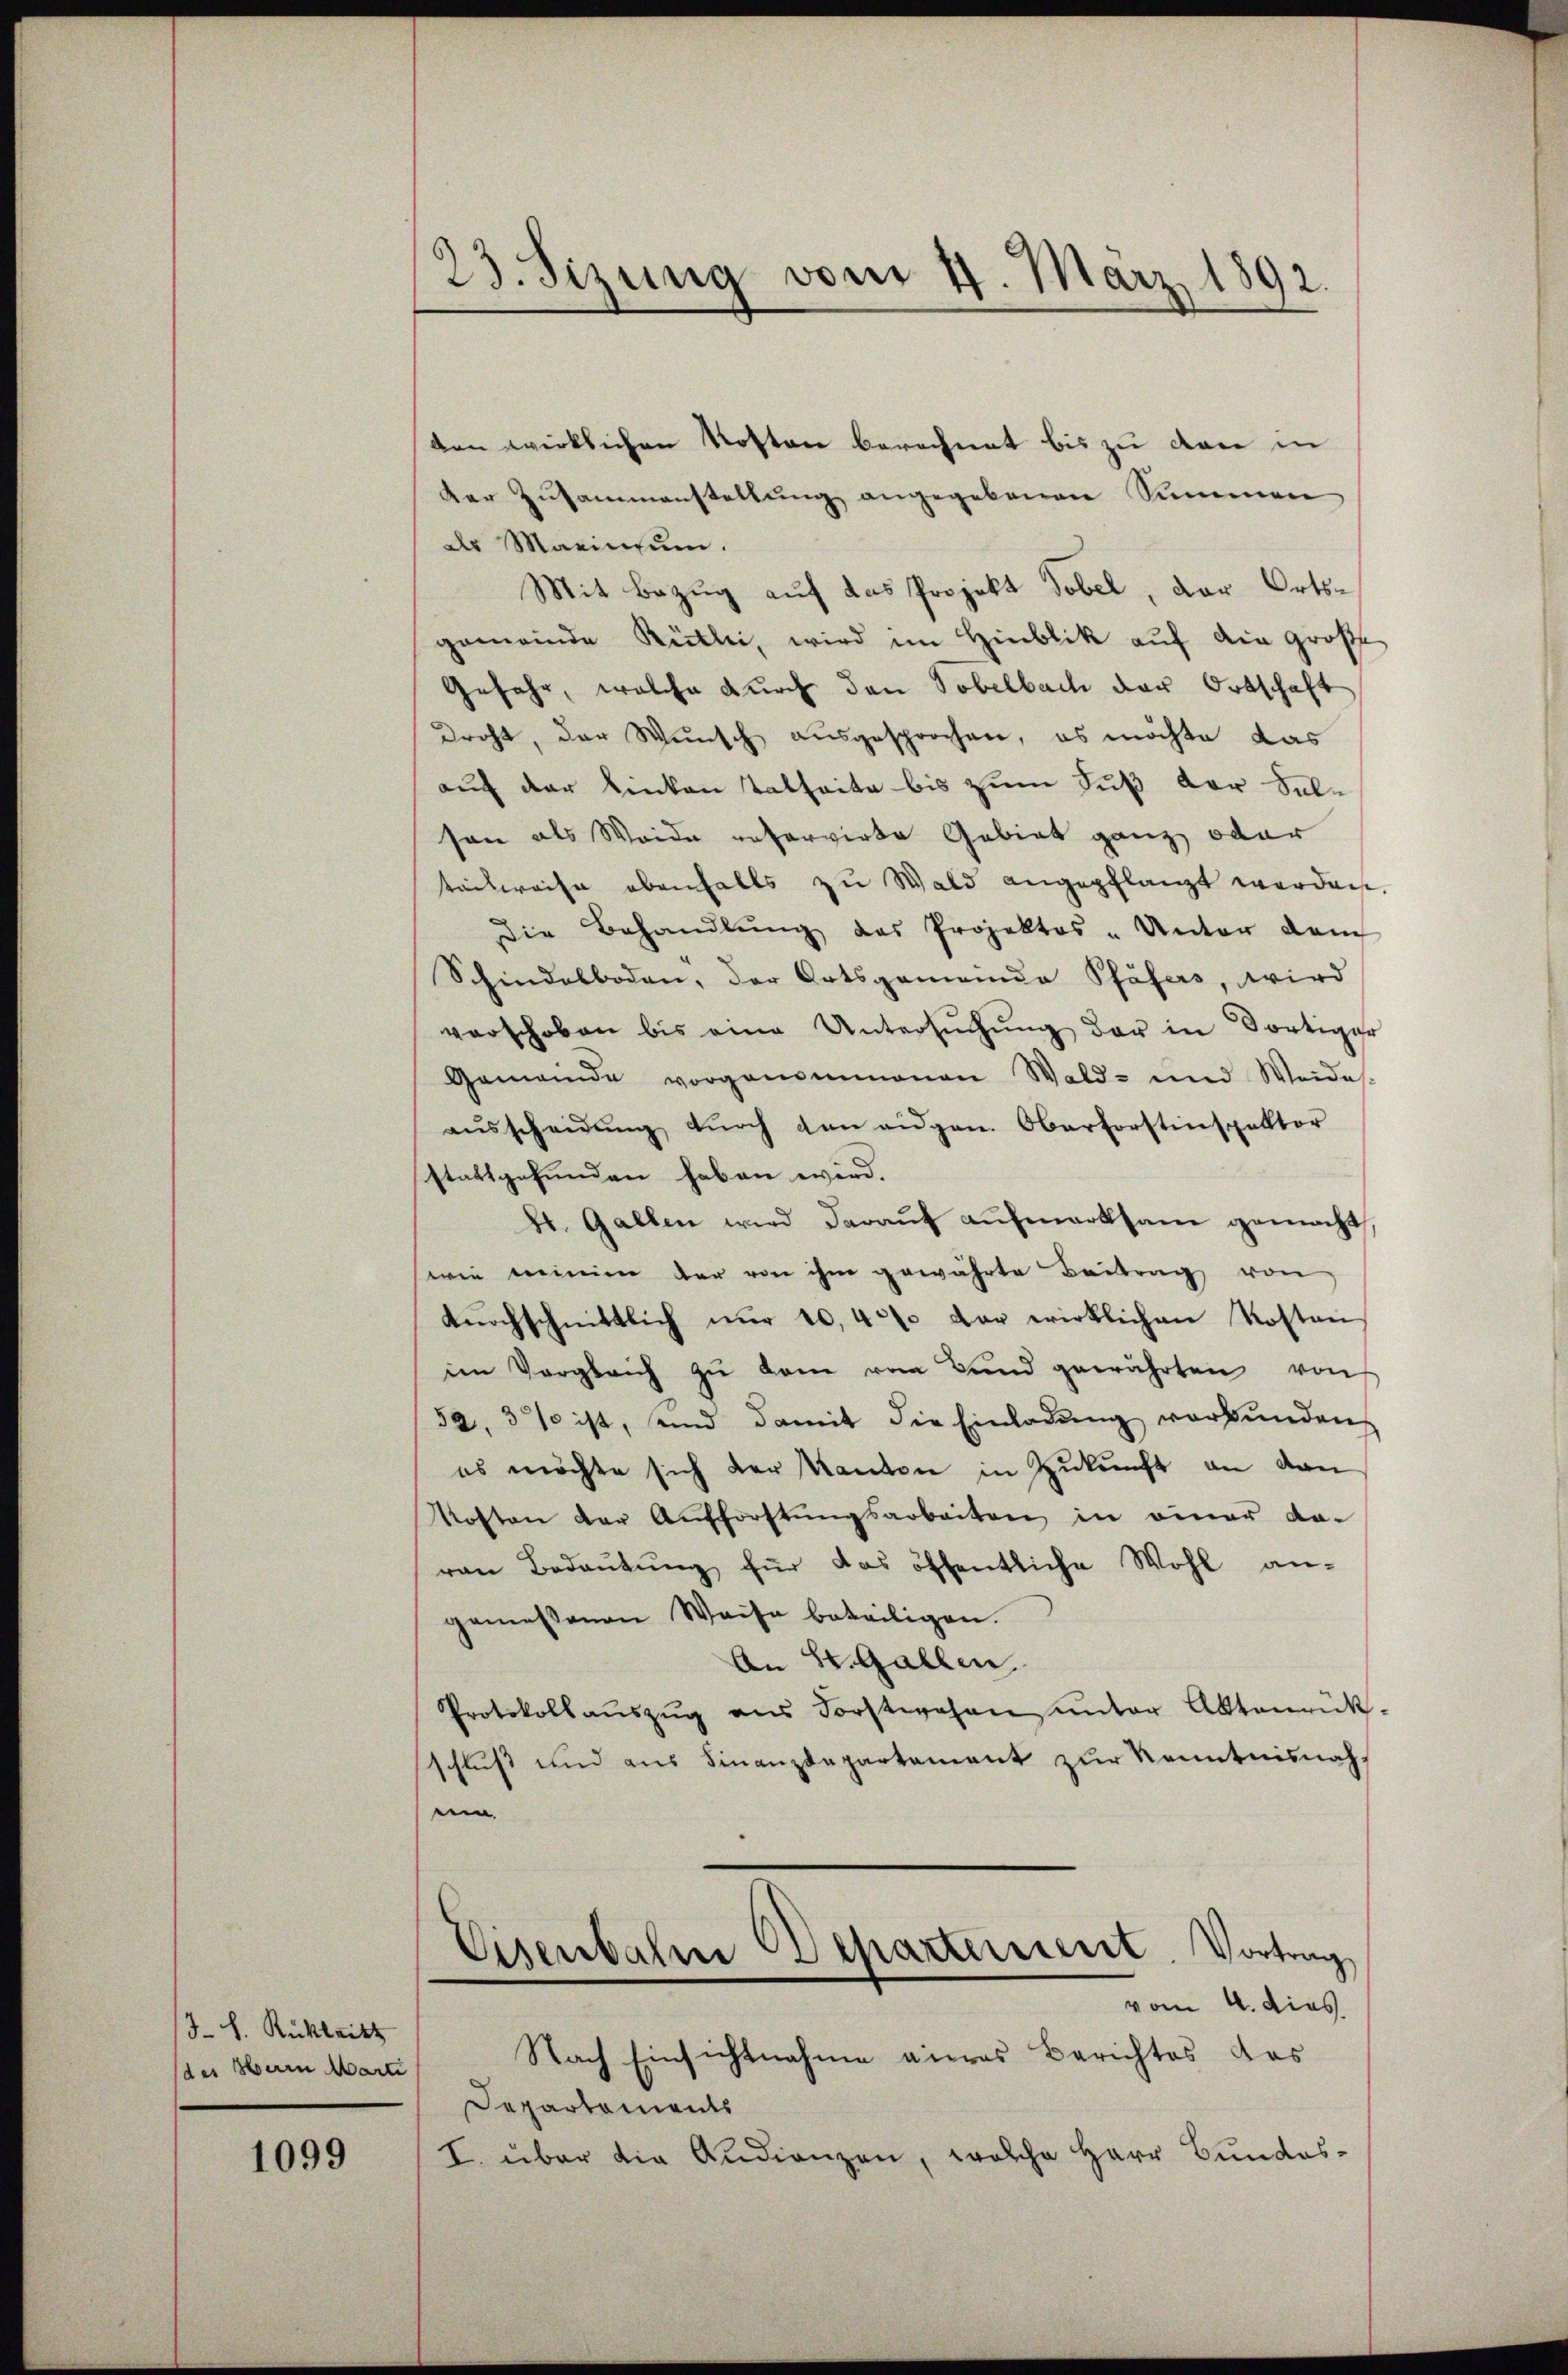
Jb. Rükleit
(des Herrn Marti

1099

23. Sizung vom 4. März 1892

den wirklichen Kosten berechnet bis zu cane in
der Zusammenstellung angegebenen Summen
des Marinium.
Mit Bezug auf das Projekt Tobel, der Ortsgemeinde Rütli, wird im Hinblik auf die große
Gefahr, welche durch den Tobelbach der Ortschaft
droht, der Wunsch ausgesprochen, es möchte das
auch der Kinken Tatseite bis zum Fuß der Salson als Weide unservirte Gebiet ganz oder
teilweise ebenfalls zu Wald angepflanzt werden.
Die Behandlŭng des Projektos - Unter dem
Schindelboden, der Ortsgemeinde Pfäfers, wird
verschoben bis eine Untersŭchŭng der in dortiger
Gemeinde vorgenommenen Wald- und Weide
aŭsscheidŭng dŭrch den eigen. Oberforstinspektor
stattgefunden haben wird.
b. Gallen wird darauf aufmerksam gemacht
wie meinen der von ihm gewährte Beitrag von
durchschnittlich nur 10,40% der wirklichen Kosten,
im Vergleich zŭ dem vom Band gewährten von
52. 3% ist, sind damit die Einladŭng verbunden,
es möchte sich der Kanton in Zukunft an dan
Kosten der Aufforstŭngsarbeiten in einer da-
von Bedaŭtŭng für das öffentliche Wohl an-
gemessenen Weise beteiligen.
An St. Gallen,
Protokollaŭszŭg ans Forstwesen ŭnter Aktenrük
schluß und aus Finanzdepartement zur Kenntnisnahe
Eisenbahre Departensiert. Vortrag
vom 4. dies
Nach Einsichtnahme vieres Berichtes das
Departements
I. über die Audienzen, welche Herr Bundes¬